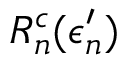
R _ { n } ^ { c } ( \epsilon _ { n } ^ { \prime } )